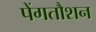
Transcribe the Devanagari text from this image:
पेंगतौशन